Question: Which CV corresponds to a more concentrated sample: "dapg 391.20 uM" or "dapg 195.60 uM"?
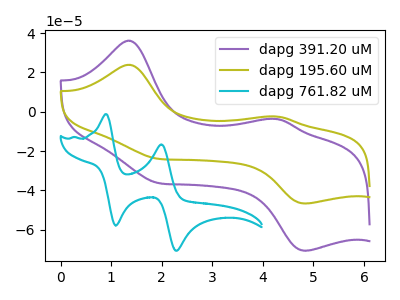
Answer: <think>The purple curve "dapg 391.20 uM" has anodic peaks at (1.35V, 36.15uA) (4.30V, -3.70uA) and cathodic peaks at (1.90V, -36.10uA) (4.85V, -70.75uA). The olive curve "dapg 195.60 uM" has anodic peaks at (1.35V, 23.85uA) (4.30V, -2.45uA) and cathodic peaks at (1.90V, -23.85uA) (4.85V, -46.70uA). The cyan curve "dapg 761.82 uM" has anodic peaks at (0.90V, -1.25uA) (2.00V, -16.65uA) and cathodic peaks at (1.10V, -57.90uA) (2.30V, -70.75uA).
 All the peaks in "dapg 391.20 uM" have a peak in "dapg 195.60 uM" at the same potential.</think>
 <answer>I cant tell if "dapg 391.20 uM" or "dapg 195.60 uM" has higher concentration.</answer>
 <eval>mixed_concentration</eval>